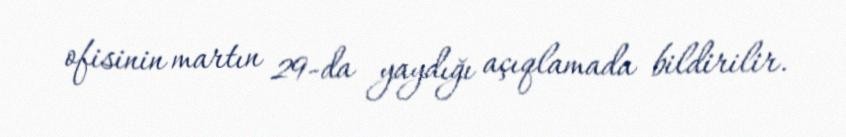
ofisinin martın 29-da yaydığı açıqlamada bildirilir.